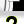
Digit: 2